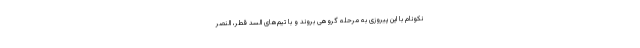
نکونام با این پیروزی به مرحله گروهی بروند و با تیم‌های السد قطر، النصر